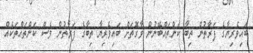
ބައިވެރިޔާގެ ފަރާތުން ތިބާ ކަންތައްބޭނުން ވާގޮތަށް ބައިވެރިޔާ ތިބާގެ ފަރާތުން ވެސް ކަންތައްތަކެއް